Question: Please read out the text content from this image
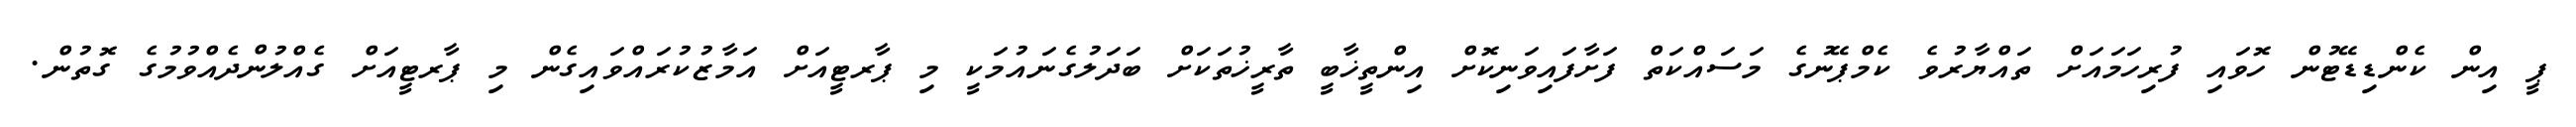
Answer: ޕީ އިން ކެންޑިޑޭޓުން ހޮވައި ފުރިހަމައަށް ތައްޔާރުވެ ކެމްޕޭނުގެ މަސައްކަތް ފަށާފައިވަނިކޮށް އިންތީޚާބީ ތާރީޚުތަކަށް ބަދަލުގެނައުމަކީ މި ޕާރޓީއަށް އަމާޒުކުރައްވައިގެން މި ޕާރޓީއަށް ގެއްލުންދެއްވުމުގެ ގޮތުން.